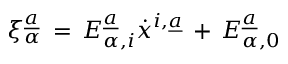
\xi _ { \alpha } \sp { \underline { { { a } } } } \, = \, E _ { \alpha , i } \sp { \underline { { { a } } } } \dot { x } \sp { i , \underline { { { a } } } } \, + \, E _ { \alpha , 0 } \sp { \underline { { { a } } } }